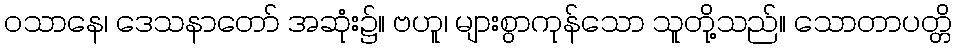
ဝသာနေ၊ ဒေသနာတော် အဆုံး၌။ ဗဟူ၊ များစွာကုန်သော သူတို့သည်။ သောတာပတ္တိ